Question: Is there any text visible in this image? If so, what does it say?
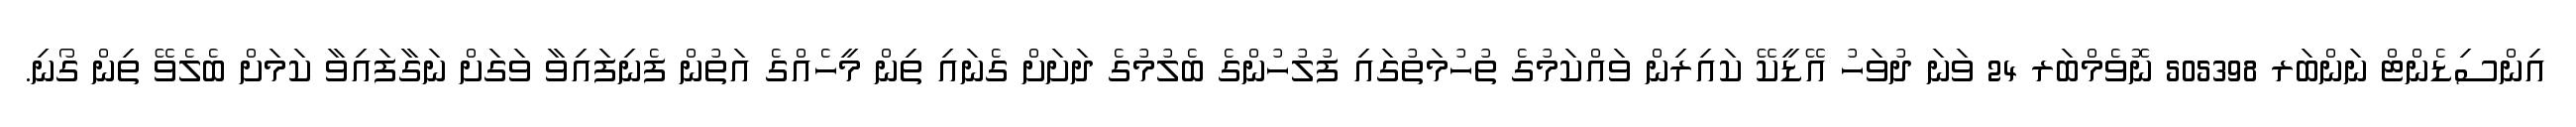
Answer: އިންސިޑެންޓް ނަންބަރ 505398 ނޮވެމްބަރ 24 ވަނަ ދުވަހު އޭޑީކޭ ކައިރިން ވައްކަމުގެ ތުހުމަތުގައި ފުލުހުންގެ ބެލުމުގެ ދަށަށް ގެނައި ތިން މީހެއްގެ އަތުން ފެނިފައިވާ ވަގަށް ނަގާފައިވާ ކަމަށް ބެލެވޭ ތިން ގޯނި.